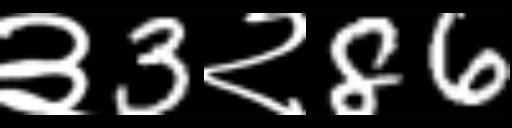
Text: ३3२86